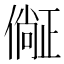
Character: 𣦛